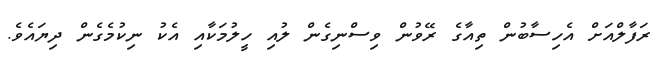
ރަފާލްއަށް އެހިސާބުން ތިއާގެ ރޭވުން ވިސްނިގެން ލުއި ހީލުމަކާއި އެކު ނިކުމެގެން ދިޔައެވެ.